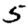
Digit: 5